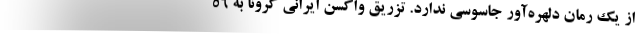
از یک رمان دلهره‌آور جاسوسی ندارد. تزریق واکسن ایرانی کرونا به ۵۶